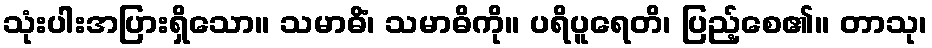
သုံးပါးအပြားရှိသော။ သမာဓိံ၊ သမာဓိကို။ ပရိပူရေတိ၊ ပြည့်စေ၏။ တာသု၊